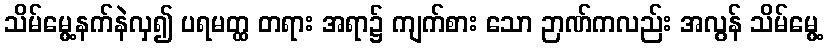
သိမ်မွေ့နက်နဲလှ၍ ပရမတ္ထ တရား အရာ၌ ကျက်စား သော ဉာဏ်ကလည်း အလွန် သိမ်မွေ့